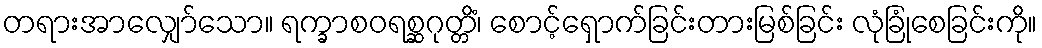
တရားအာလျှော်သော။ ရက္ခာစဝရစ္ဆဂုတ္တိံ၊ စောင့်ရှောက်ခြင်းတားမြစ်ခြင်း လုံခြုံစေခြင်းကို။